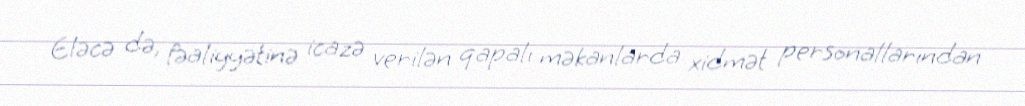
Eləcə də, fəaliyyətinə icazə verilən qapalı məkanlarda xidmət personallarından